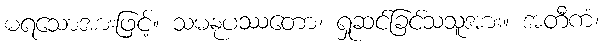
မရသောအားဖြင့်။ သမနုပဿတော၊ ရှုဆင်ခြင်သသူအား။ အတီကံ၊